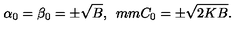
\alpha _ { 0 } = \beta _ { 0 } = \pm \sqrt { B } , \hspace * { 5 m m } C _ { 0 } = \pm \sqrt { 2 K B } .